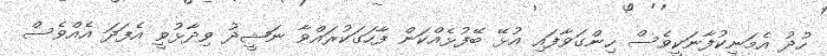
ހުދު އެމަނިކުފާނަކީވެސް ހިންގަވާފައި އުޅޭ ބޭފުޅެއްކަން ފާހަގަކުރައްވާ ނަޝީދު ވިދާޅުވީ އެފަދަ އެއްވެސް